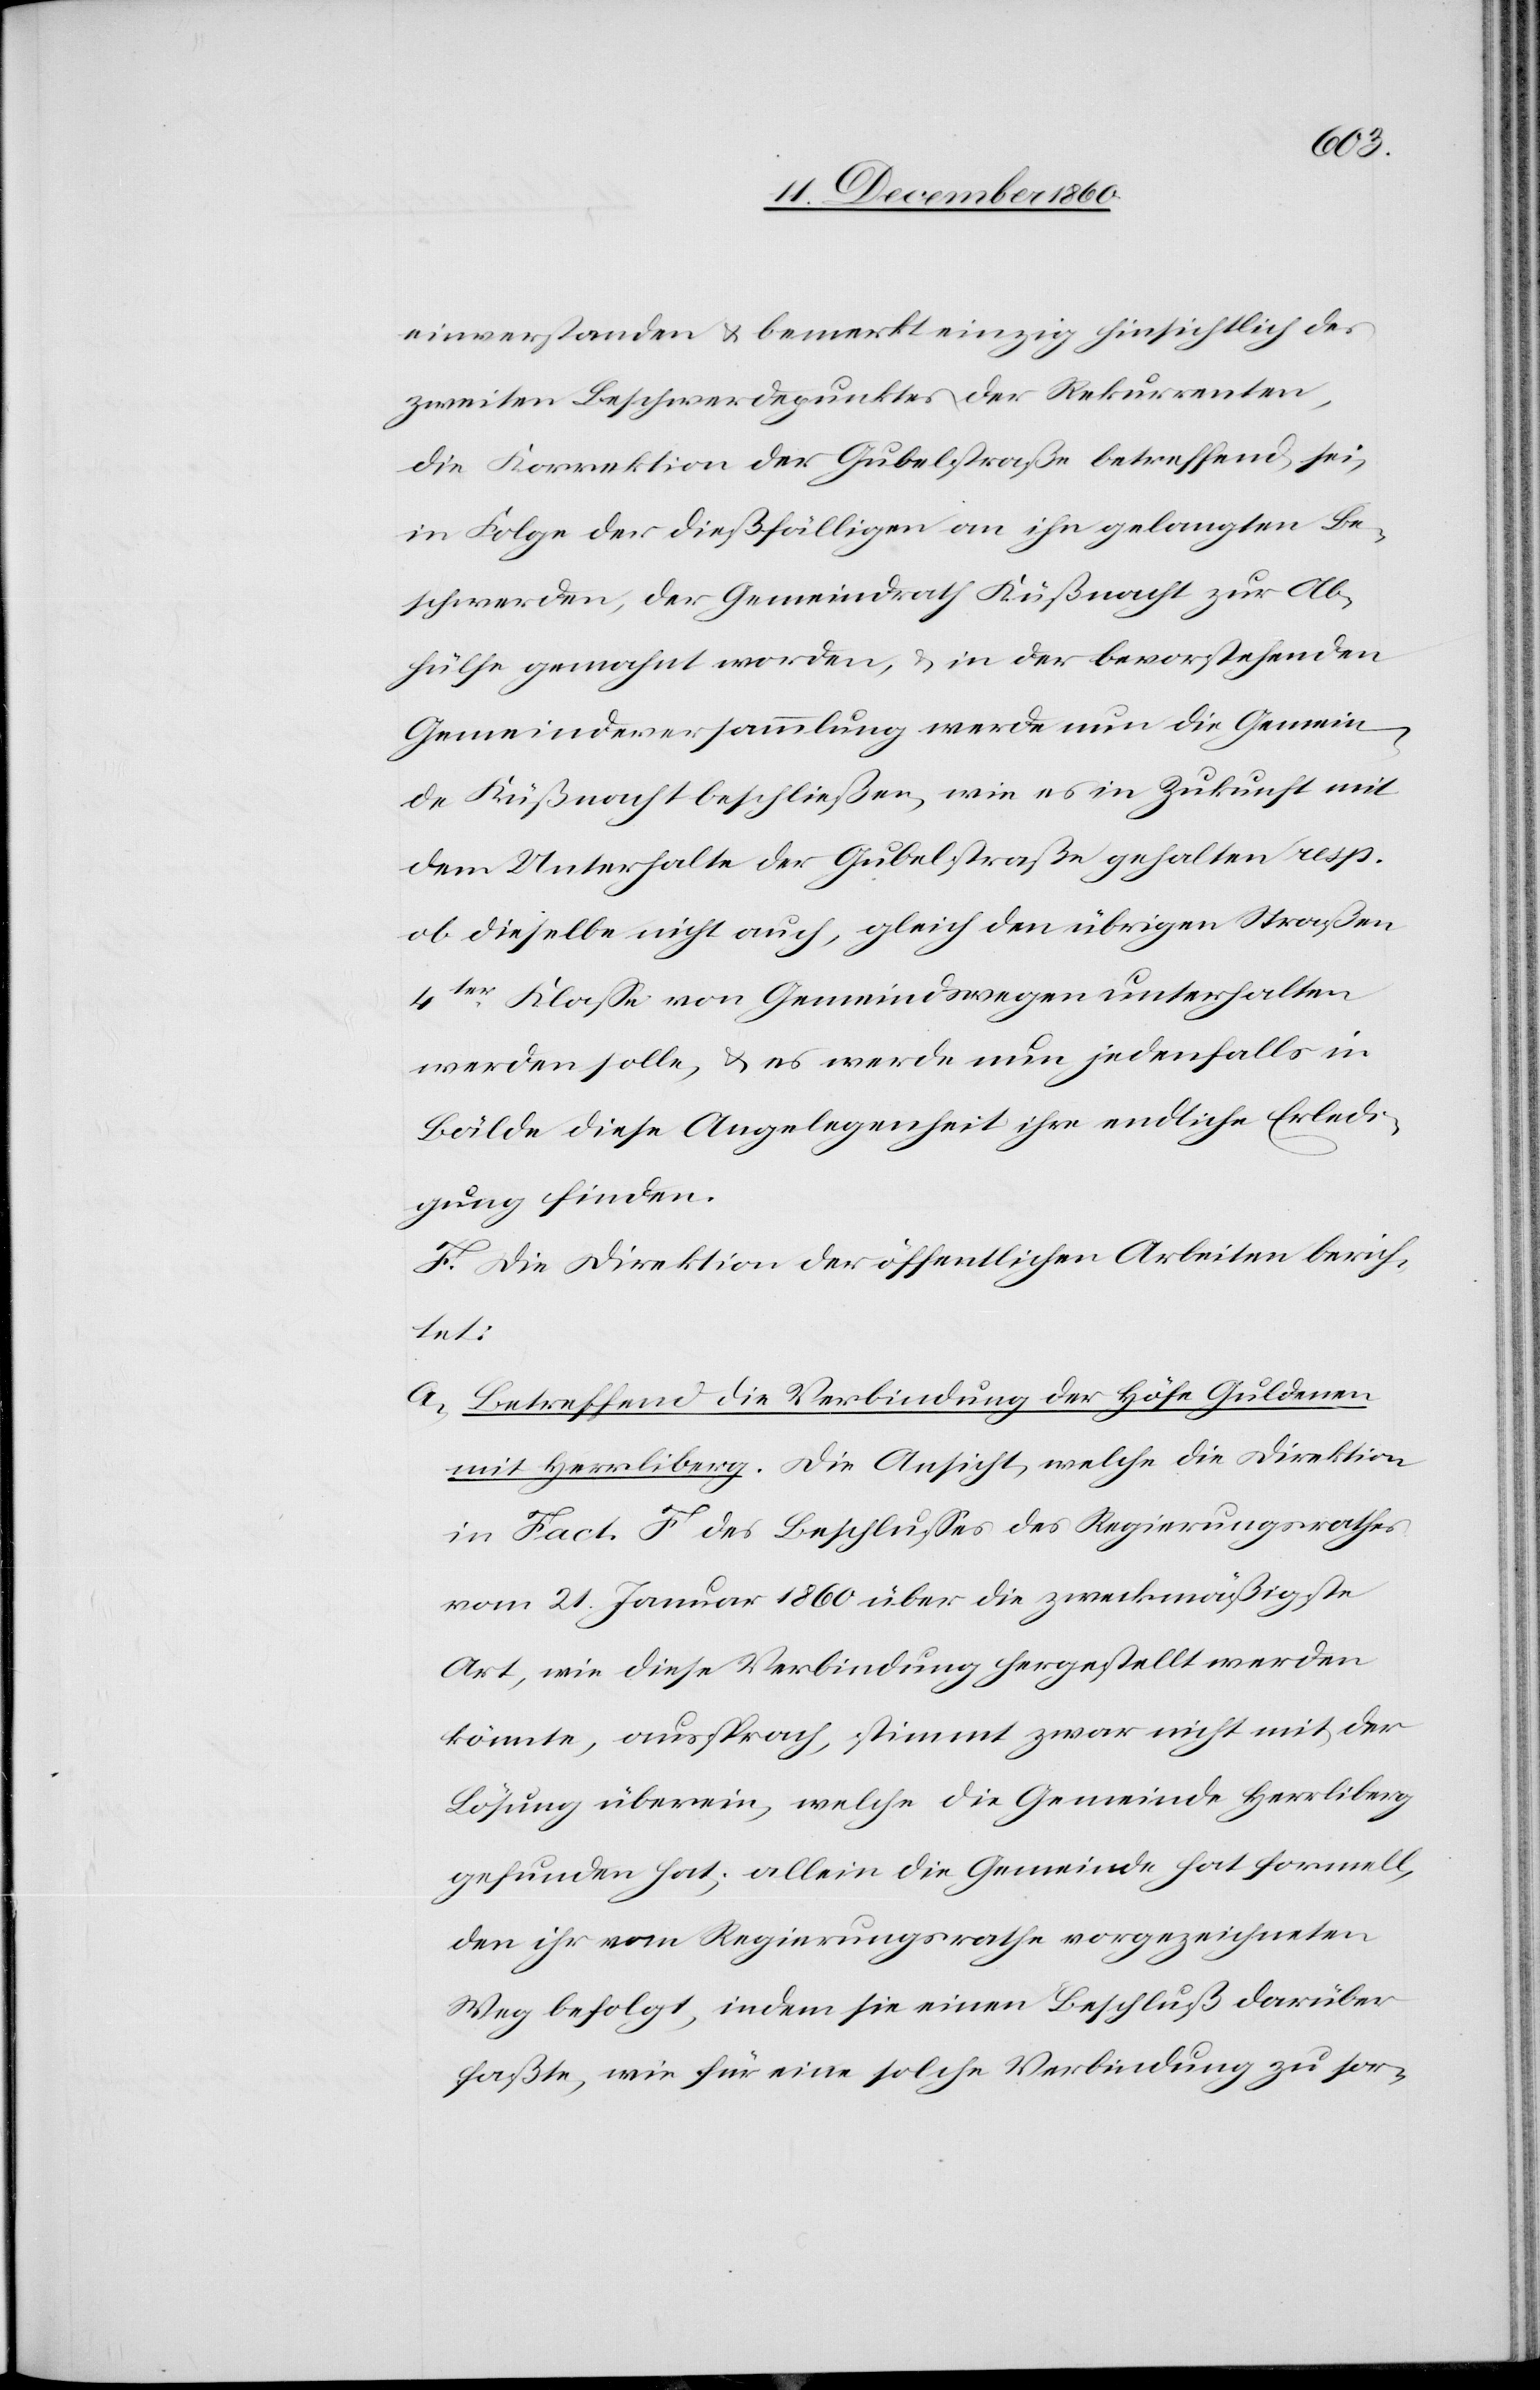
einverstanden u. bemerkt einzig hinsichtlich des
zweiten Beschwerdepunktes der Rekurrenten,
die Korrektion der Gubelstraße betreffend, sei,
in Folge der dießfälligen an ihn gelangten Be¬
schwerden, der Gemeindrath Küßnacht zur Ab¬
hülfe gemahnt worden, u. in der bevorstehenden
Gemeindeversammlung werde nun die Gemein¬
de Küßnacht beschließen, wie es in Zukunft mit
dem Unterhalte der Gubelstraße gehalten resp.
ob dieselbe nicht auch, gleich den übrigen Straßen
4ter Klasse von Gemeindswegen unterhalten
werden solle, u. es werde nun jedenfalls in
Bälde diese Angelegenheit ihre endliche Erledi¬
gung finden.
F. Die Direktion der öffentlichen Arbeiten berich¬
tet:
a. Betreffend die Verbindung der Höfe Guldenen
mit Herrliberg. Die Ansicht, welche die Direktion
in Fact. F des Beschlusses des Regierungsrathes
vom 21. Januar 1860 über die zweckmäßigte
Art, wie diese Verbindung hergestellt werden
könnte, aussprach, stimmt zwar nicht mit der
Lösung überein, welche die Gemeinde Herrliberg
gefunden hat; allein die Gemeinde hat formell,
den ihr vom Regierungsrathe vorgezeichneten
Weg befolgt, indem sie einen Beschluß darüber
faßte, wie für eine solche Verbindung zu sor-